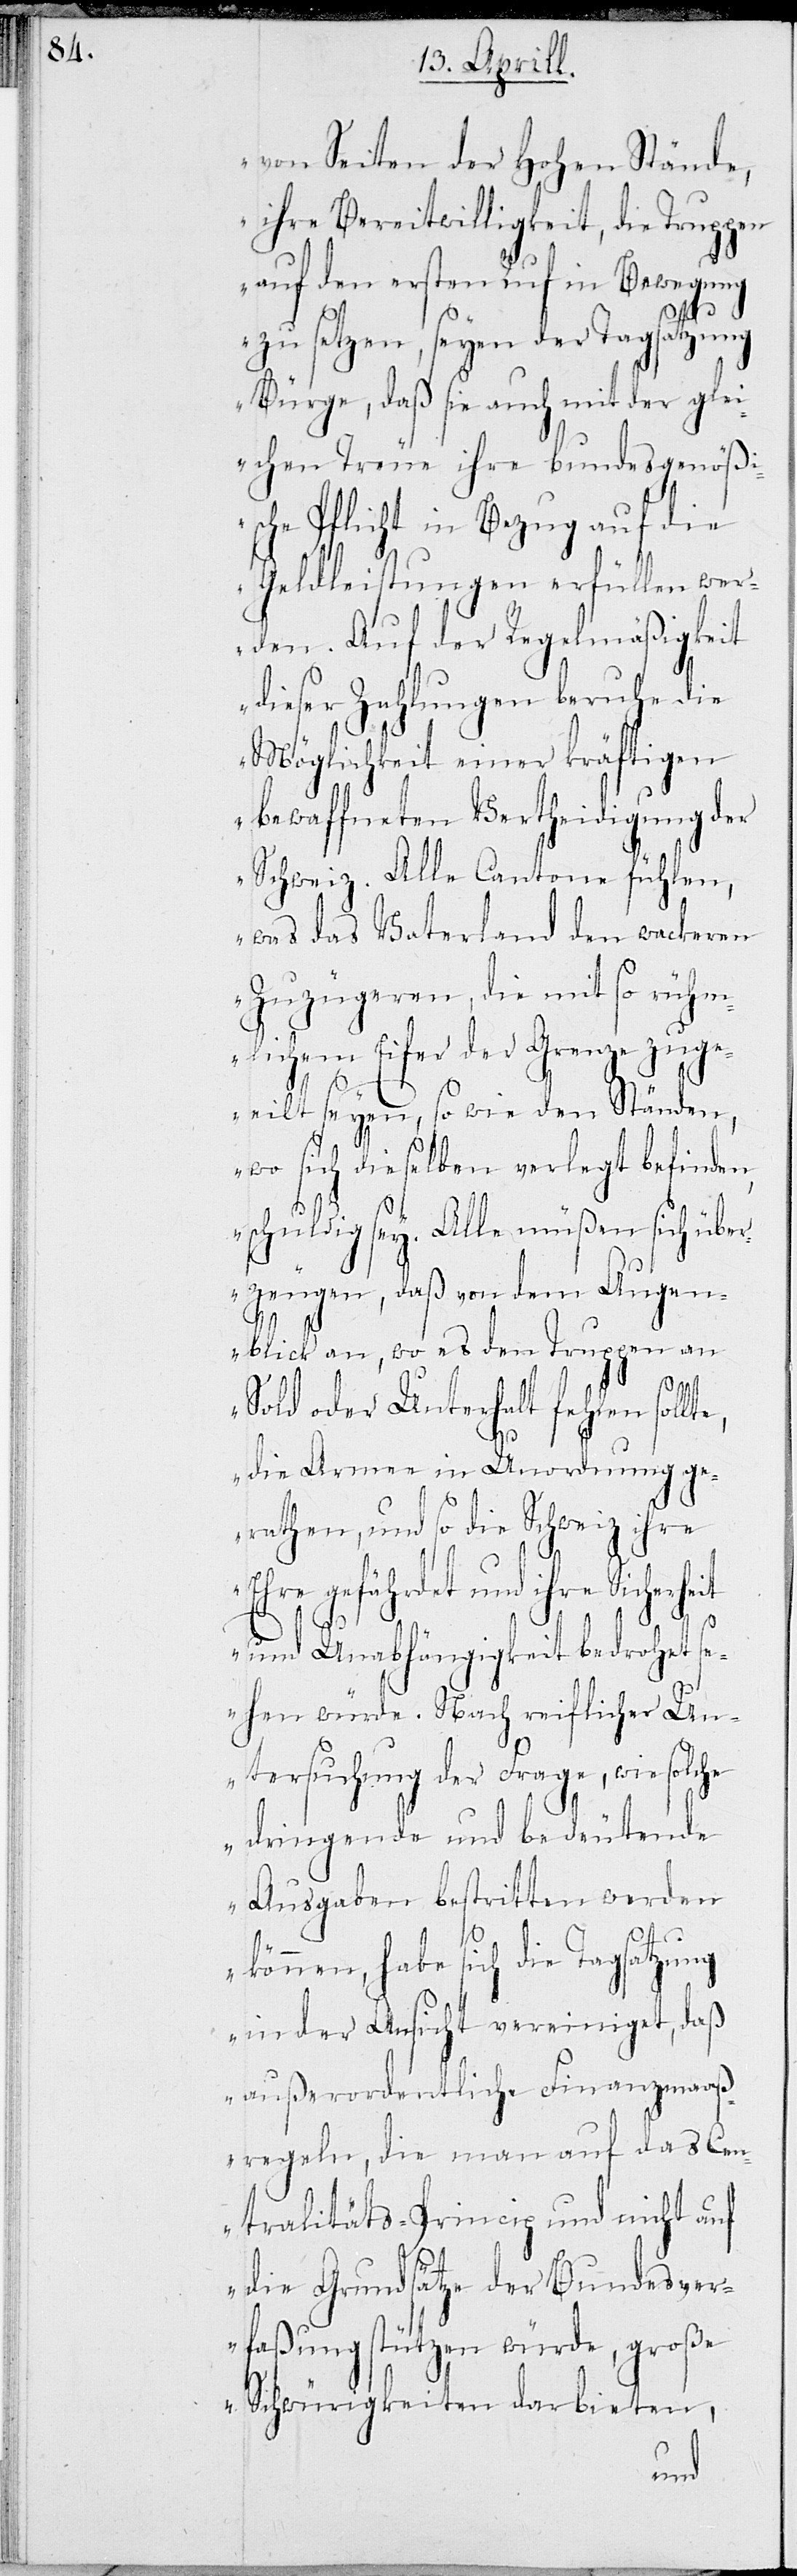
von Seiten der Hohen Stände,
ihre Bereitwilligkeit, die Truppen
auf den ersten Ruf in Bewegung
zu setzen, seyen der Tagsatzung
Bürge, daß sie auch mit der gle¬
ichen Treue ihre Bundesgenößi¬
sche Pflicht in Bezug auf die
Geldleistungen erfüllen wer¬
den. Auf der Regelmäßigkeit
dieser Zahlungen beruhe die
Möglichkeit, einer kräftigen
bewaffneten Vertheidigung der
Schweiz. Alle Cantone fühlen,
was das Vaterland den wackeren
Zuzügeren, die mit so rühm¬
lichem Eifer der Grenze zuge¬
eilt seyen, so wie den Ständen,
wo sich dieselben verlegt befinden,
schuldig sey. Alle müßen sich über¬
zeugen, daß von dem Augen¬
blick an, wo es den Truppen an
Sold oder Unterhalt fehlen sol¬
die Armee in Unordnung ge¬
rathen, und so die Schweiz ihre
Ehre gefährdet und ihre Sicherheit
lte,
und Unabhängigkeit bedroht s¬
ehen würde. Nach reiflicher Un¬
tersuchung der Frage, wie solche
dringende und bedeutende
Ausgaben bestritten werden
können, habe sich die Tagsatzung
in der Ansicht vereiniget, daß
außerordentliche Finanzmaaß¬
regeln, die man auf das Cen¬
tralitäts-Princip und nicht auf
die Grundsätze der Bundesver¬
faßung stützen würde, Große
Schwürigkeiten darbieten,